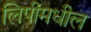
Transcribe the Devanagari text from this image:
लिपींमधील